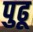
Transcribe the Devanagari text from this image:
पुढू